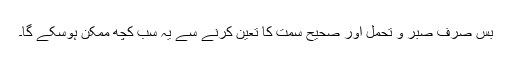
بس صرف صبر و تحمل اور صحیح سمت کا تعین کرنے سے یہ سب کچھ ممکن ہوسکے گا۔